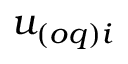
{ u } _ { ( o q ) i }